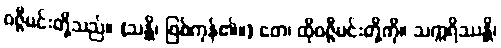
ဝဇ္ဇီမင်းတို့သည်။ (သန္တိ၊ ဖြစ်ကုန်၏။) တေ၊ ထိုဝဇ္ဇီမင်းတို့ကို။ သက္ကရိဿန္တိ၊